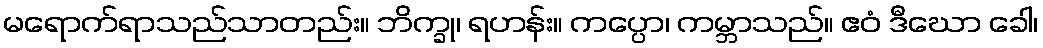
မရောက်ရာသည်သာတည်း။ ဘိက္ခု၊ ရဟန်း။ ကပ္ပော၊ ကမ္ဘာသည်။ ဧဝံ ဒီဃော ခေါ၊